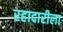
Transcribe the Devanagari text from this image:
रहादारीला